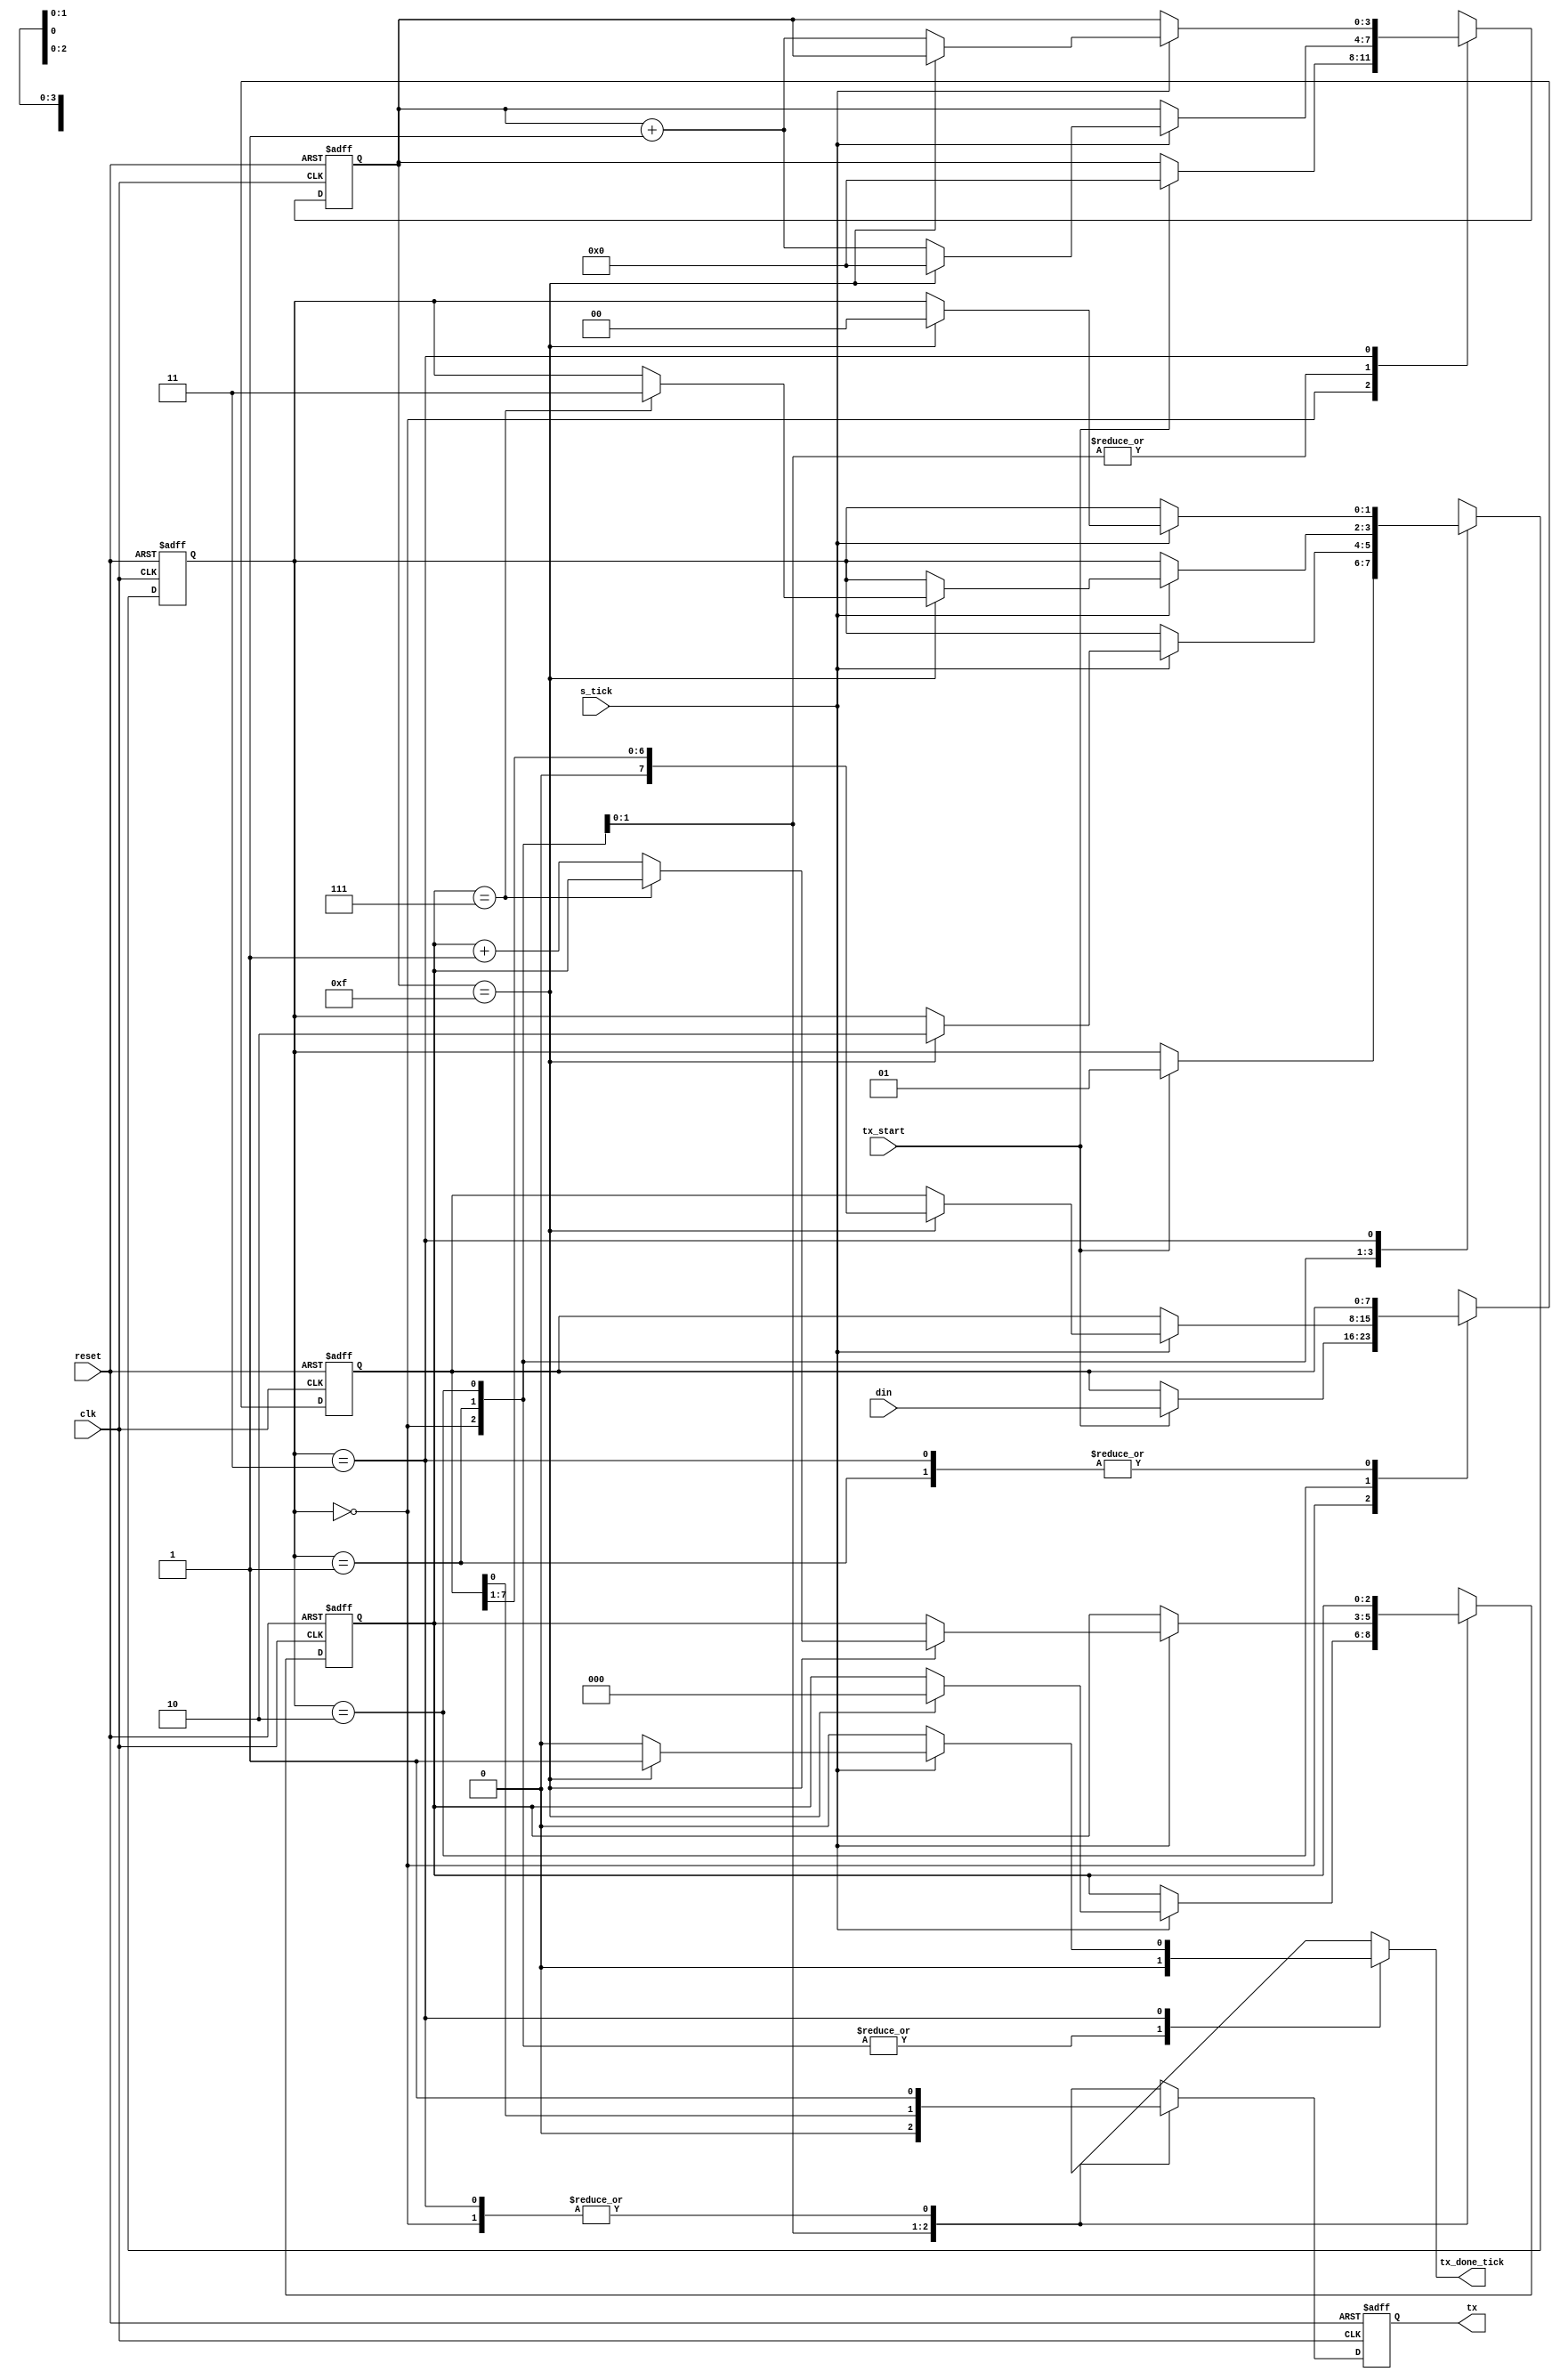
//Listing 8.3
module uart_tx
   #(
     parameter DBIT = 8,     // # data bits
               SB_TICK = 16  // # ticks for stop bits
   )
   (
    input wire clk, reset,
    input wire tx_start, s_tick,
    input wire [7:0] din,
    output reg tx_done_tick,
    output wire tx
   );

   // symbolic state declaration
   localparam [1:0]
      idle  = 2'b00,
      start = 2'b01,
      data  = 2'b10,
      stop  = 2'b11;

   // signal declaration
   reg [1:0] state_reg, state_next;
   reg [3:0] s_reg, s_next;
   reg [2:0] n_reg, n_next;
   reg [7:0] b_reg, b_next;
   reg tx_reg, tx_next;

   // body
   // FSMD state & data registers
   always @(posedge clk, posedge reset)
      if (reset)
         begin
            state_reg <= idle;
            s_reg <= 0;
            n_reg <= 0;
            b_reg <= 0;
            tx_reg <= 1'b1;
         end
      else
         begin
            state_reg <= state_next;
            s_reg <= s_next;
            n_reg <= n_next;
            b_reg <= b_next;
            tx_reg <= tx_next;
         end

   // FSMD next-state logic & functional units
   always @*
   begin
      state_next = state_reg;
      tx_done_tick = 1'b0;
      s_next = s_reg;
      n_next = n_reg;
      b_next = b_reg;
      tx_next = tx_reg ;
      case (state_reg)
         idle:
            begin
               tx_next = 1'b1;
               if (tx_start)
                  begin
                     state_next = start;
                     s_next = 0;
                     b_next = din;
                  end
            end
         start:
            begin
               tx_next = 1'b0;
               if (s_tick)
                  if (s_reg==15)
                     begin
                        state_next = data;
                        s_next = 0;
                        n_next = 0;
                     end
                  else
                     s_next = s_reg + 1;
            end
         data:
            begin
               tx_next = b_reg[0];
               if (s_tick)
                  if (s_reg==15)
                     begin
                        s_next = 0;
                        b_next = b_reg >> 1;
                        if (n_reg==(DBIT-1))
                           state_next = stop ;
                        else
                           n_next = n_reg + 1;
                     end
                  else
                     s_next = s_reg + 1;
            end
         stop:
            begin
               tx_next = 1'b1;
               if (s_tick)
                  if (s_reg==(SB_TICK-1))
                     begin
                        state_next = idle;
                        tx_done_tick = 1'b1;
                     end
                  else
                     s_next = s_reg + 1;
            end
      endcase
   end
   // output
   assign tx = tx_reg;

endmodule